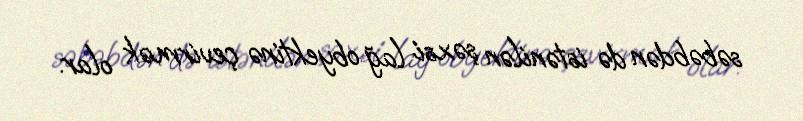
səbəbdən də istənilən şəxsi lağ obyektinə çevirmək olar.